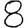
Digit: 8